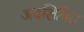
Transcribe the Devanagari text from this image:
अवशिषित